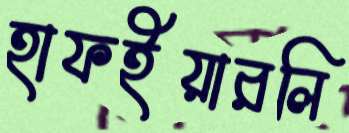
হাফইয়ারলি